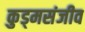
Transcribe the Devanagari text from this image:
कुड्मसंजीव